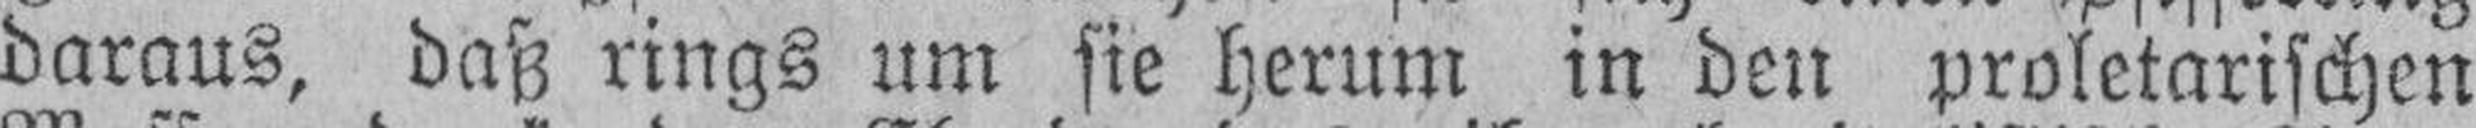
daraus, daß rings um sie herum in den proletarischen